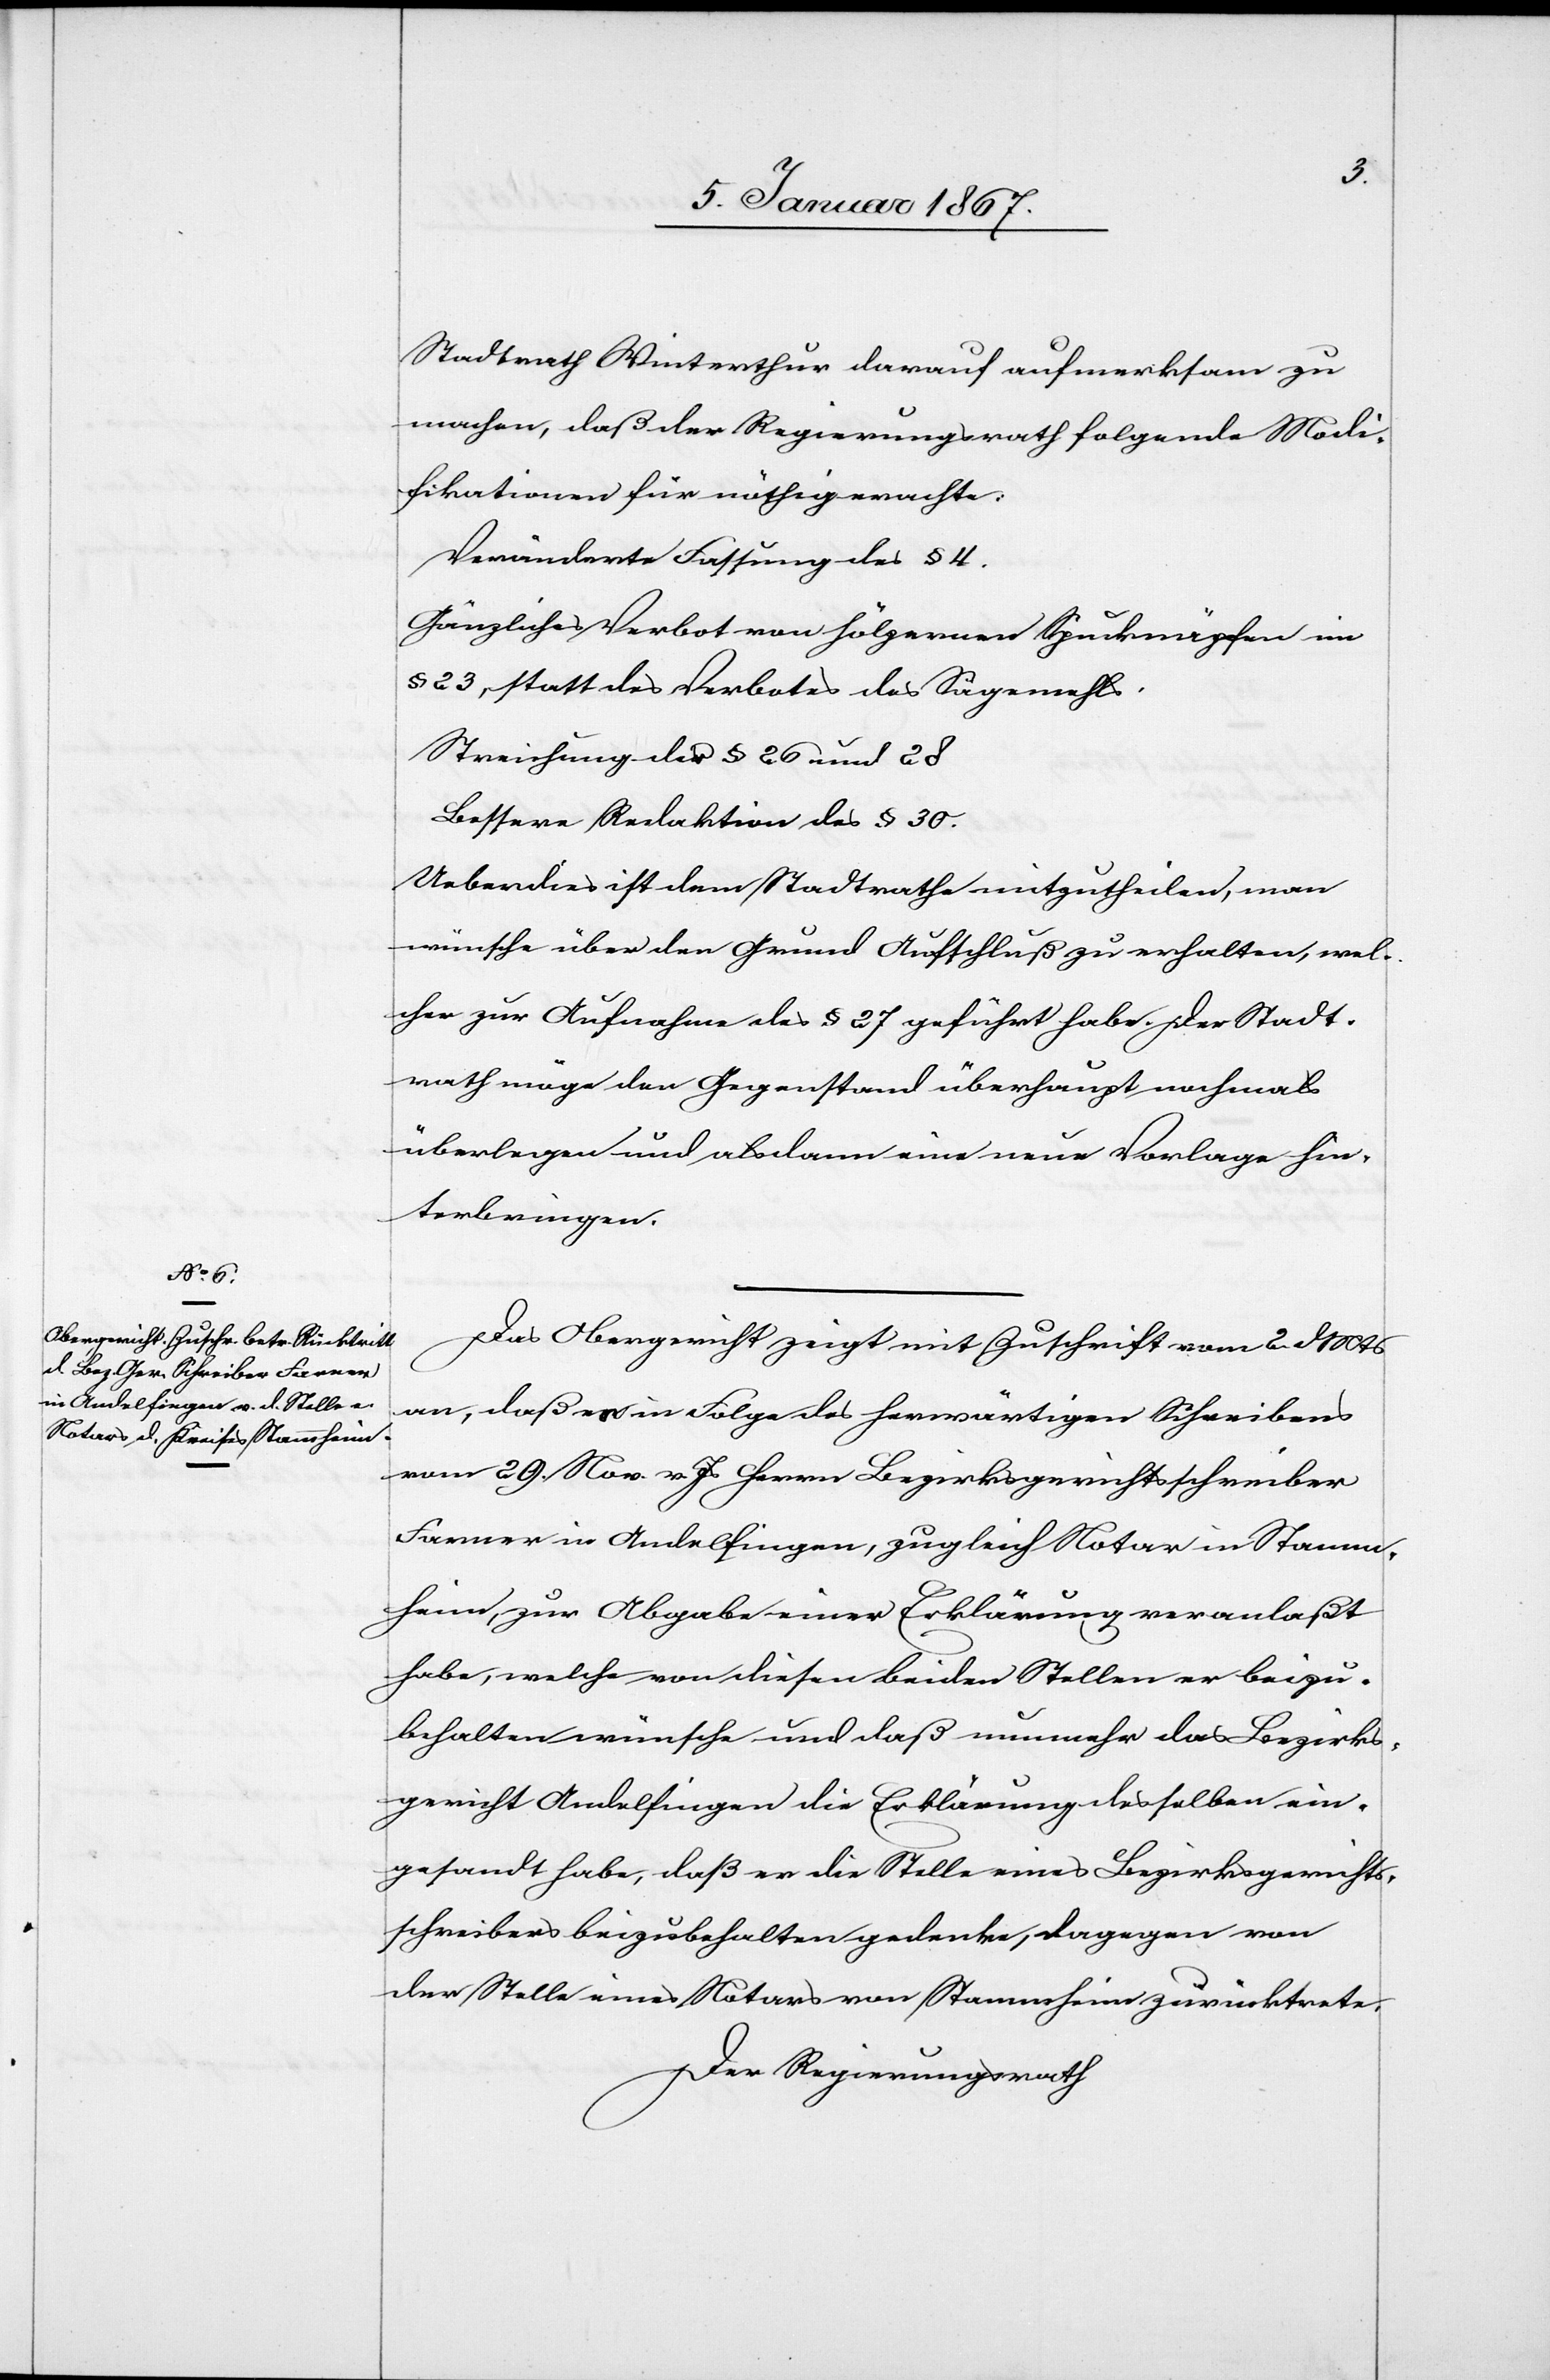
Stadtrath Winterhut darauf aufmerksam zu
machen, daß der Regierungsrath folgende Modi¬
fikationen für nöthig erachte:
Veränderte Fassung des § 4.
Gänzliches Verbot von hölzernen Spucknäpfen in
§ 23, statt des Verbotes des Sägemehls.
Streichung der § 26 und 28
Bessere Redaktion des § 30.
Ueberdies ist dem Stadtrathe mitzutheilen, man
wünsche über den Grund Aufschluß zu erhalten, wel¬
cher zur Aufnahme des § 27 geführt habe. Der Stadt¬
rath möge den Gegenstand überhaupt nochmals
überlegen und alsdann eine neue Vorlage hin¬
terbringen.
Das Obergericht zeigt mit Zuschrift vom 2 d. Mts. an,
daß es in Folge des herwärtigen Schreibens
vom 29 Nov. v. Js Herrn Bezirksgerichtsschreiber
Furrer in Andelfingen, zugleich Notar in Stamm¬
heim, zur Abgabe einer Erklärung veranlaßt
habe, welche von diesen beiden Stellen er beizu¬
behalten wünsche und daß nunmehr das Bezirks¬
gericht Andelfingen die Erklärung desselben ein¬
gesandt habe, dass er die Stelle eines Bezirksgerichts¬
schreibers beizubehalten gedenke, dagegen von
der Stelle eines Notars von Stammheim zurücktrete.
Der Regierungsrath